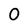
Character: 0